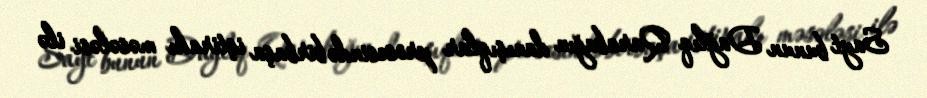
Sayt bunun Dağlıq Qarabağın danışıqlar prosesində birbaşa iştirakı məsələsi ilə